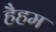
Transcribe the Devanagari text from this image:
हैहम